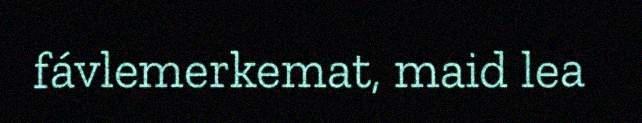
fávlemerkemat, maid lea